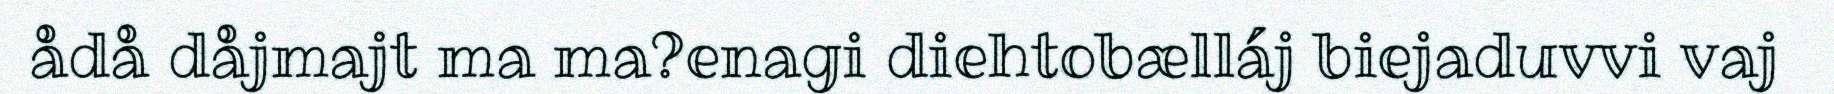
ådå dåjmajt ma ma?enagi diehtobælláj biejaduvvi vaj